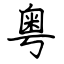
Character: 粤